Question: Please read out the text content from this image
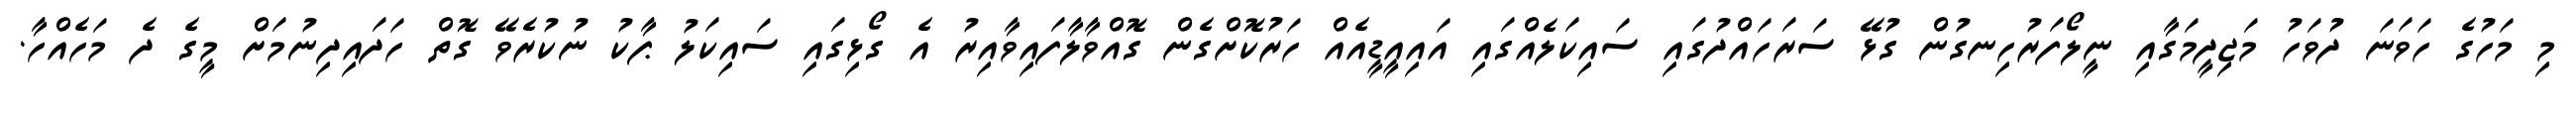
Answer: މި މަހުގެ ހަވަނަ ދުވަހު މަޖިދީމަގާއި ނީލޯފަރުހިނގުން ގުޅޭ ސަރަހައްދުގައި ސައިކަލެއްގައި އައިއީޑީއެއް ހަރުކޮށްގެން ގޮއްވާލާފައިވާއިރު އެ ގޯޅިގައި ސައިކަލު ޕާކު ނުކުރެވޭ ގޮތް ހަދައިދިނުމަށް މީގެ ދެ މަހެއްހާ.